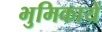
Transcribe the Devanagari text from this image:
भुमिकायें